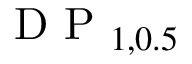
\textrm { D P } _ { 1 , 0 . 5 }